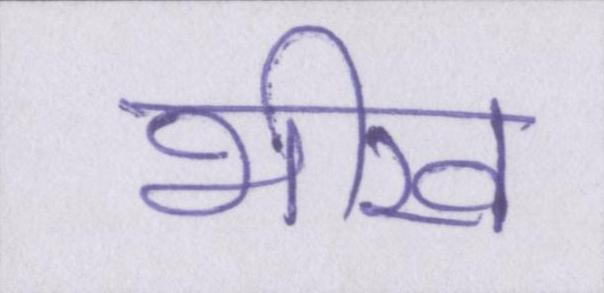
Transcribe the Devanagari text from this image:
भीख